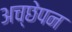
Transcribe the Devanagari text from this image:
अच्छेपन